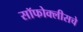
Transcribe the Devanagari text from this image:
सॉफोक्लीसचे